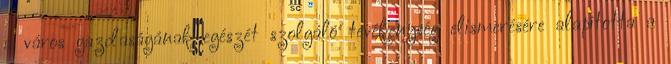
a város gazdaságának egészét szolgáló tevékenység elismerésére alapította a